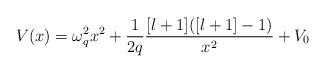
LaTeX: \begin{align*}V(x)=\omega _{q}^{2}x^{2}+\frac{1}{2q}\frac{[l+1]([l+1]-1)}{x^{2}}+V_{0}\end{align*}